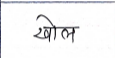
मजकूर: खोल